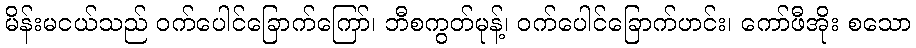
မိန်းမငယ်သည် ဝက်ပေါင်ခြောက်ကြော်၊ ဘီစကွတ်မုန့်၊ ဝက်ပေါင်ခြောက်ဟင်း၊ ကော်ဖီအိုး စသော